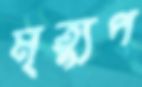
মৃত্যুপ